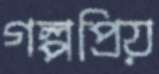
গল্পপ্রিয়